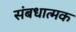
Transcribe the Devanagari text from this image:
संबधात्मक